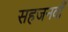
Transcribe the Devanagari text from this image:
सहजनवॉं